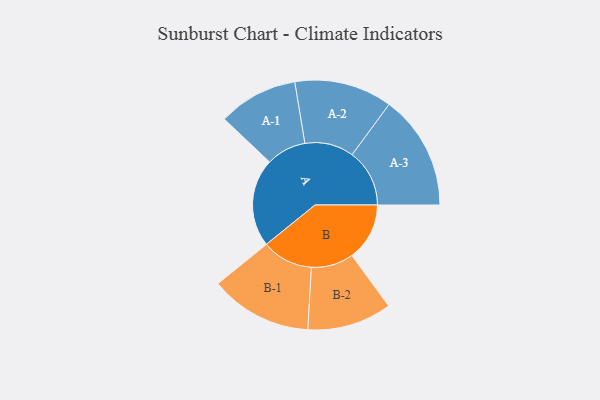
{"axis": {"x": "Segment", "y": "Value"}, "legend": ["", "A", "B"], "data": [{"x": "A", "y": 447, "type": ""}, {"x": "B", "y": 292, "type": ""}, {"x": "A-1", "y": 202, "type": "A"}, {"x": "A-2", "y": 248, "type": "A"}, {"x": "A-3", "y": 291, "type": "A"}, {"x": "B-1", "y": 259, "type": "B"}, {"x": "B-2", "y": 214, "type": "B"}]}